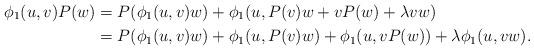
LaTeX: \begin{align*}\phi_1(u,v)P(w) &= P(\phi_1(u,v)w) + \phi_1(u,P(v)w + vP(w) + \lambda vw )\\&= P(\phi_1(u,v)w) + \phi_1(u,P(v)w) + \phi_1(u, vP(w)) +\lambda \phi_1(u, vw).\end{align*}